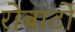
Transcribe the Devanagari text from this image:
रोबार्टो